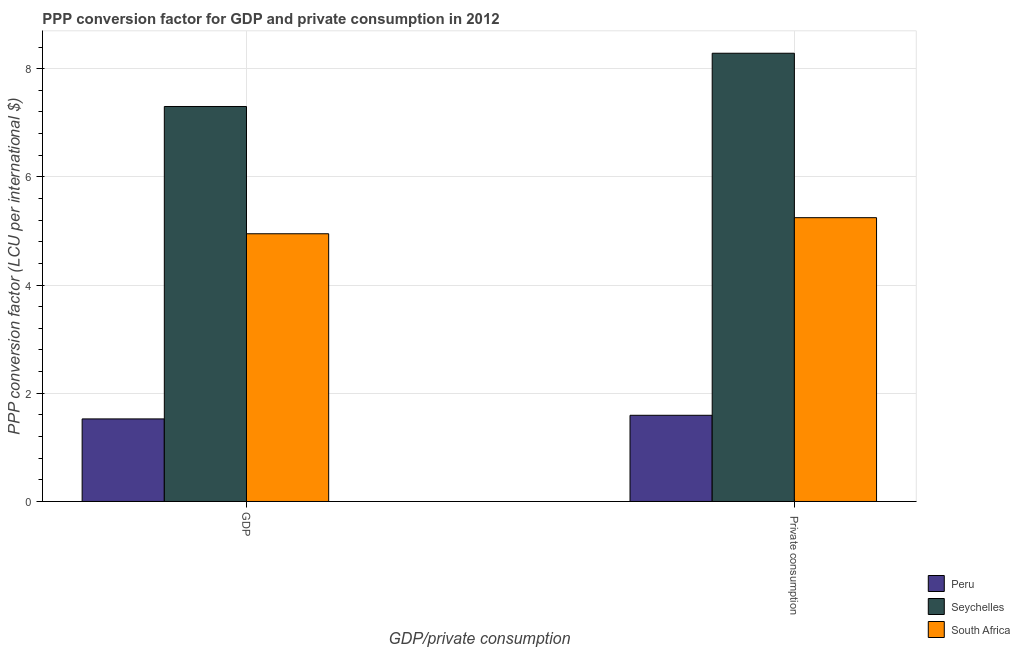
| GDP/private consumption | Peru | Seychelles | South Africa |
 | --- | --- | --- | --- |
 | GDP | 1.53 | 7.3 | 4.95 |
 |  Private consumption | 1.59 | 8.29 | 5.25 |